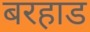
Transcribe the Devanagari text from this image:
बरहाड